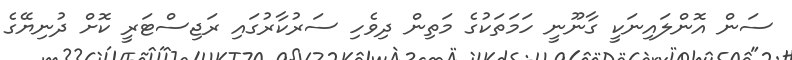
ސަން އޮންލައިނަކީ ގާނޫނީ ހަމަތަކުގެ މަތިން ދިވެހި ސަރުކާރުގައި ރަޖިސްޓަރީ ކޮށް ދުނިޔޭގެ